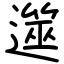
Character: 遾